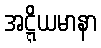
အဋ္ဋိယမာနာ